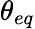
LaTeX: {\theta_{eq}}